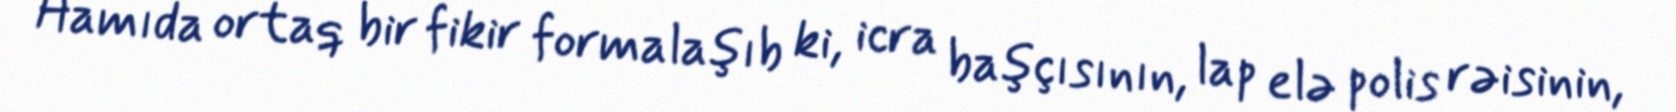
Hamıda ortaq bir fikir formalaşıb ki, icra başçısının, lap elə polis rəisinin,